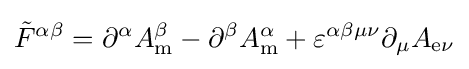
{\tilde {F}}^{\alpha \beta }=\partial ^{\alpha }A_{\mathrm {m} }^{\beta }-\partial ^{\beta }A_{\mathrm {m} }^{\alpha }+\varepsilon ^{\alpha \beta \mu \nu }\partial _{\mu }A_{{\mathrm {e} }\nu }